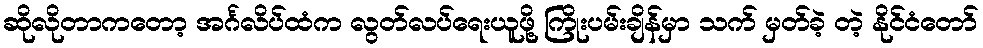
ဆိုလိုတာကတော့ အင်္ဂလိပ်ထံက လွတ်လပ်ရေးယူဖို့ ကြိုးပမ်းချိန်မှာ သက် မှတ်ခဲ့ တဲ့ နိုင်ငံတော်